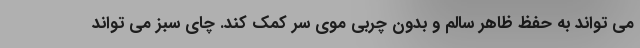
می تواند به حفظ ظاهر سالم و بدون چربی موی سر کمک کند. چای سبز می تواند